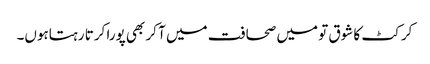
کرکٹ کا شوق تو میں صحافت میں آ کر بھی پورا کرتا رہتاہوں۔